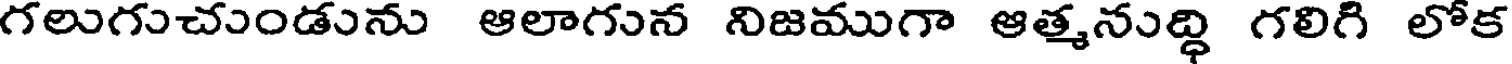
గలుగుచుండును ఆలాగున నిజముగా ఆత్మనుద్ధి గలిగి లోక